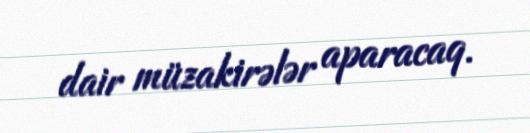
dair müzakirələr aparacaq.